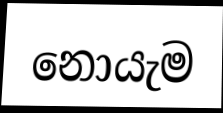
නොයැම